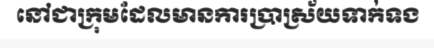
នៅជាក្រុមដែលមានការប្រាស្រ័យទាក់ទង